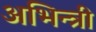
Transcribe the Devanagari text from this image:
अभिन्त्री